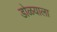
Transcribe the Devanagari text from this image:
डोळयाला